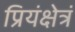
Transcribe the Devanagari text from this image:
प्रियंक्षेत्रं